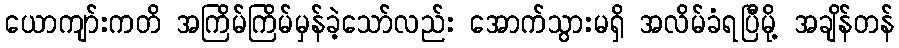
ယောကျာ်းကတိ အကြိမ်ကြိမ်မှန်ခဲ့သော်လည်း အောက်သွားမရှိ အလိမ်ခံရပြီမို့ အချိန်တန်